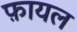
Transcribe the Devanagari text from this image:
फ़ायल